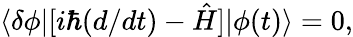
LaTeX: \langle\delta\phi|[i\hbar(d/dt)-\hat{H}]|\phi(t)\rangle=0,